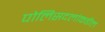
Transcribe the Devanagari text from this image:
पोलिसदलांकडील